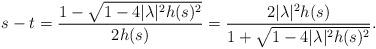
LaTeX: \begin{align*}s-t=\frac{1-\sqrt{1-4|\lambda|^2h(s)^2}}{2h(s)}=\frac{2|\lambda|^2 h(s)}{1+\sqrt{1-4|\lambda|^2h(s)^2}}.\end{align*}